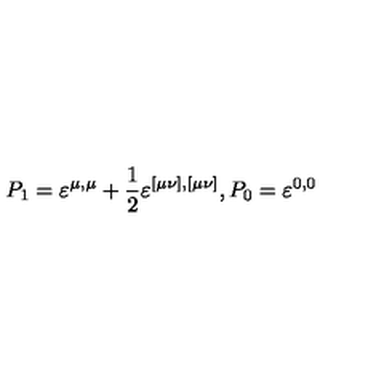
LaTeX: P _ { 1 } = \varepsilon ^ { \mu , \mu } + \frac 1 2 \varepsilon ^ { [ \mu \nu ] , [ \mu \nu ] } , P _ { 0 } = \varepsilon ^ { 0 , 0 }